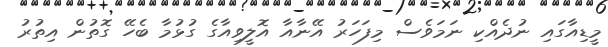
މީޑިއާގައި ނުދެއްކި ނަމަވެސް މިފަހަރު އޭނާއާ އޮލީވިއާގެ ގުޅުމާ ބެހޭ ގޮތުން އިތުރު